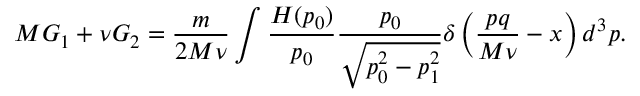
M G _ { 1 } + \nu G _ { 2 } = \frac m { 2 M \nu } \int \frac { H ( p _ { 0 } ) } { p _ { 0 } } \frac { p _ { 0 } } { \sqrt { p _ { 0 } ^ { 2 } - p _ { 1 } ^ { 2 } } } \delta \left( \frac { p q } { M \nu } - x \right) d ^ { 3 } p .